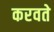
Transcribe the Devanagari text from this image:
करवते